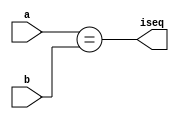
`timescale 1ns / 1ps
//////////////////////////////////////////////////////////////////////////////////
// Company: 
// Engineer: 
// 
// Design Name: 
// Module Name: comparator
// Project Name: 
// Target Devices: 
// Tool Versions: 
// Description: 
// 
// Dependencies: 
// 
// Revision:
// Revision 0.01 - File Created
// Additional Comments:
// 
//////////////////////////////////////////////////////////////////////////////////


module comparator(
a,b,iseq
    );
    parameter WIDTH = 8;
    input [WIDTH-1:0] a,b;
    output iseq;
    assign iseq = (a == b);
endmodule